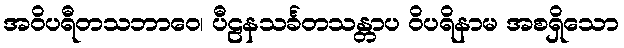
အဝိပရီတသဘာဝေ၊ ပီဠနသင်္ခတသန္တာပ ဝိပရိနာမ အစရှိသော